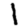
Digit: 1